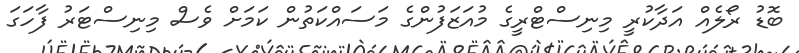
ބޮޑު ރޯލެއް އަދާކުރީ މިނިސްޓްރީގެ މުއަޒަފުންގެ މަސައްކަތުން ކަމަށް ވެސް މިނިސްޓަރު ފާހަގަ